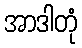
အာဒါတုံ